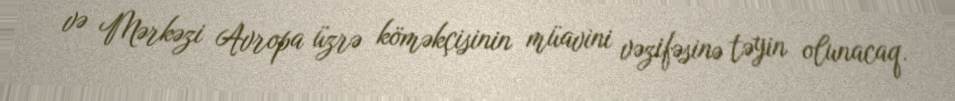
və Mərkəzi Avropa üzrə köməkçisinin müavini vəzifəsinə təyin olunacaq.